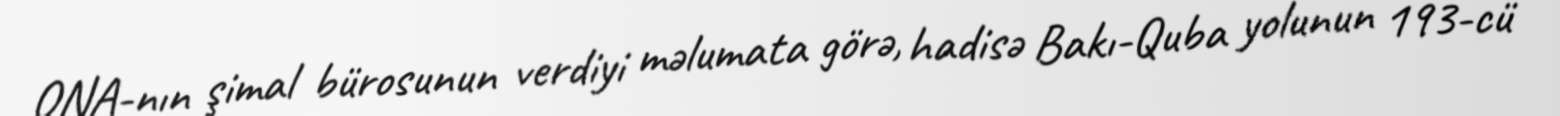
ONA-nın şimal bürosunun verdiyi məlumata görə, hadisə Bakı-Quba yolunun 193-cü